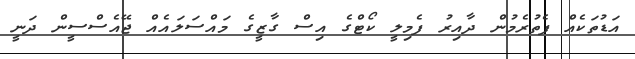
އަޑުތަކެއް ފެތުރެމުން ދާއިރު ފެމިލީ ކޯޓްގެ އިސް ގާޒީގެ މައްސަލައެއް ޖޭއެސްސީން ދަނީ